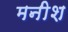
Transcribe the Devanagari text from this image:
मनीश